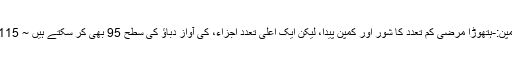
شور اور کمپن:-ہتھوڑا مرضی کم تعدد کا شور اور کمپن پیدا، لیکن ایک اعلی تعدد اجزاء، کی آواز دباؤ کی سطح 95 بھی کر سکتے ہیں ~ 115 دیکابیلس ۔